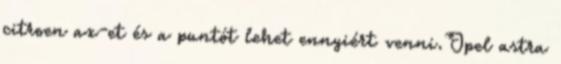
citroen ax-et és a puntót lehet ennyiért venni.Opel astra